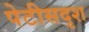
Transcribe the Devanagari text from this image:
पेटीसदृश